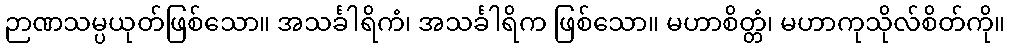
ဉာဏသမ္ပယုတ်ဖြစ်သော။ အသင်္ခါရိကံ၊ အသင်္ခါရိက ဖြစ်သော။ မဟာစိတ္တံ၊ မဟာကုသိုလ်စိတ်ကို။